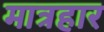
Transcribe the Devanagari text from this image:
मात्रहार